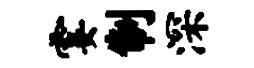
霎制深